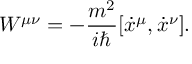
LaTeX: W ^ { \mu \nu } = - { \frac { m ^ { 2 } } { i \hbar } } [ \dot { x } ^ { \mu } , \dot { x } ^ { \nu } ] .